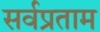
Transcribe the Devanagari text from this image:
सर्वप्रताम